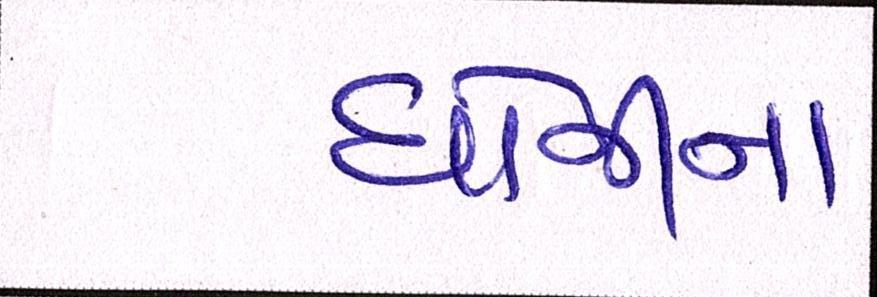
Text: ધોનીના